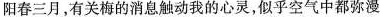
阳春三月，有关梅的消息触动我的心灵，似乎空气中都弥漫